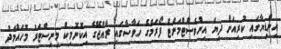
އިންޑިޔާގައި ކުރިއަށް ދިޔަ އިންވެސްޓްމަންޓް ފޯރަމްގެ ހަވާސާގައި ރާއްޖޭގެ އިކޮނޮމިކް މިނިސްޓަރު މުހައްމަދު